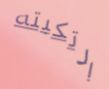
ارتكبته